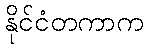
နိုင်ငံတကာက